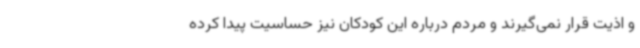
و اذیت قرار نمی‌گیرند و مردم درباره این کودکان نیز حساسیت پیدا کرده